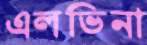
এলভিনা